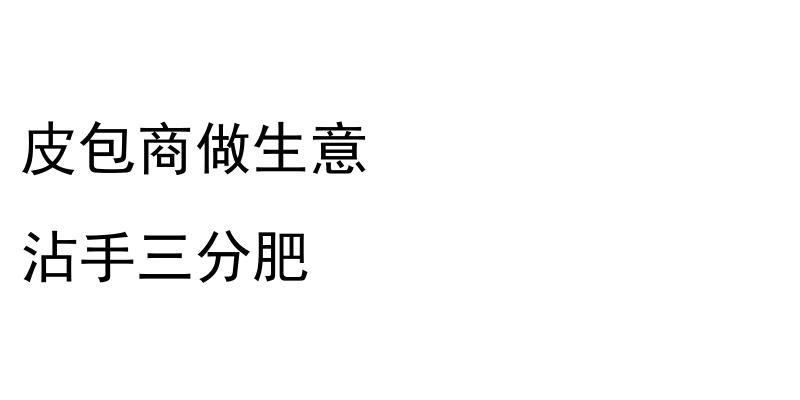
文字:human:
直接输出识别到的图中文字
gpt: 皮包商做生意 沾手三分肥